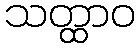
သတ္ထာဝ